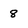
Character: 8